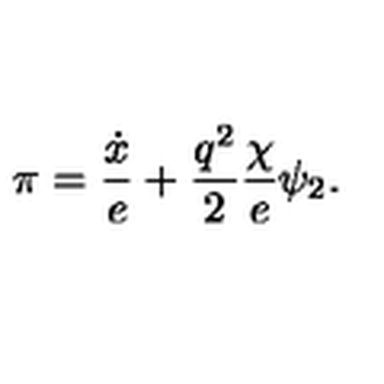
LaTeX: \pi = { \frac { \dot { x } } { e } } + { \frac { q ^ { 2 } } { 2 } } { \frac { \chi } { e } } \psi _ { 2 } .